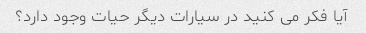
آیا فکر می کنید در سیارات دیگر حیات وجود دارد؟